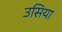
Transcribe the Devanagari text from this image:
उसिया